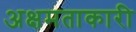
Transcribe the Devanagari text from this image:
अक्षमताकारी